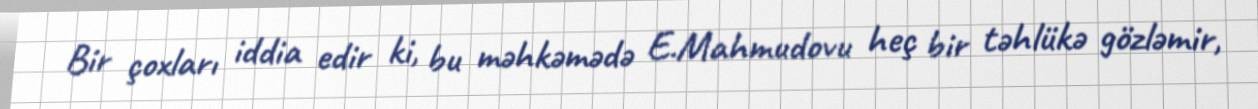
Bir çoxları iddia edir ki, bu məhkəmədə E.Mahmudovu heç bir təhlükə gözləmir,